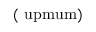
\mathrm { { ( \ u p m u m ) } }